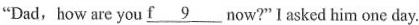
"Dad,how are you \underline{f9} now?"Iasked him one day.